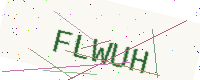
Text: FLWUH